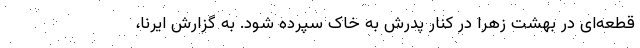
قطعه‌ای در بهشت زهرا در کنار پدرش به خاک سپرده شود. به گزارش ایرنا،